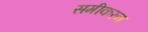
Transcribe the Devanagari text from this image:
समीकरन